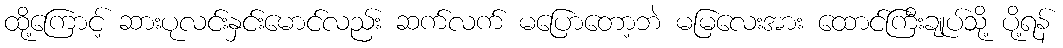
ထို့ကြောင့် ဆားပုလင်းနှင်းမောင်လည်း ဆက်လက် မပြောတော့ဘဲ မမြလေးအား ထောင်ကြီးချုပ်သို့ ပို့ရန်